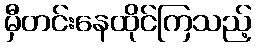
မှီတင်းနေထိုင်ကြသည့်